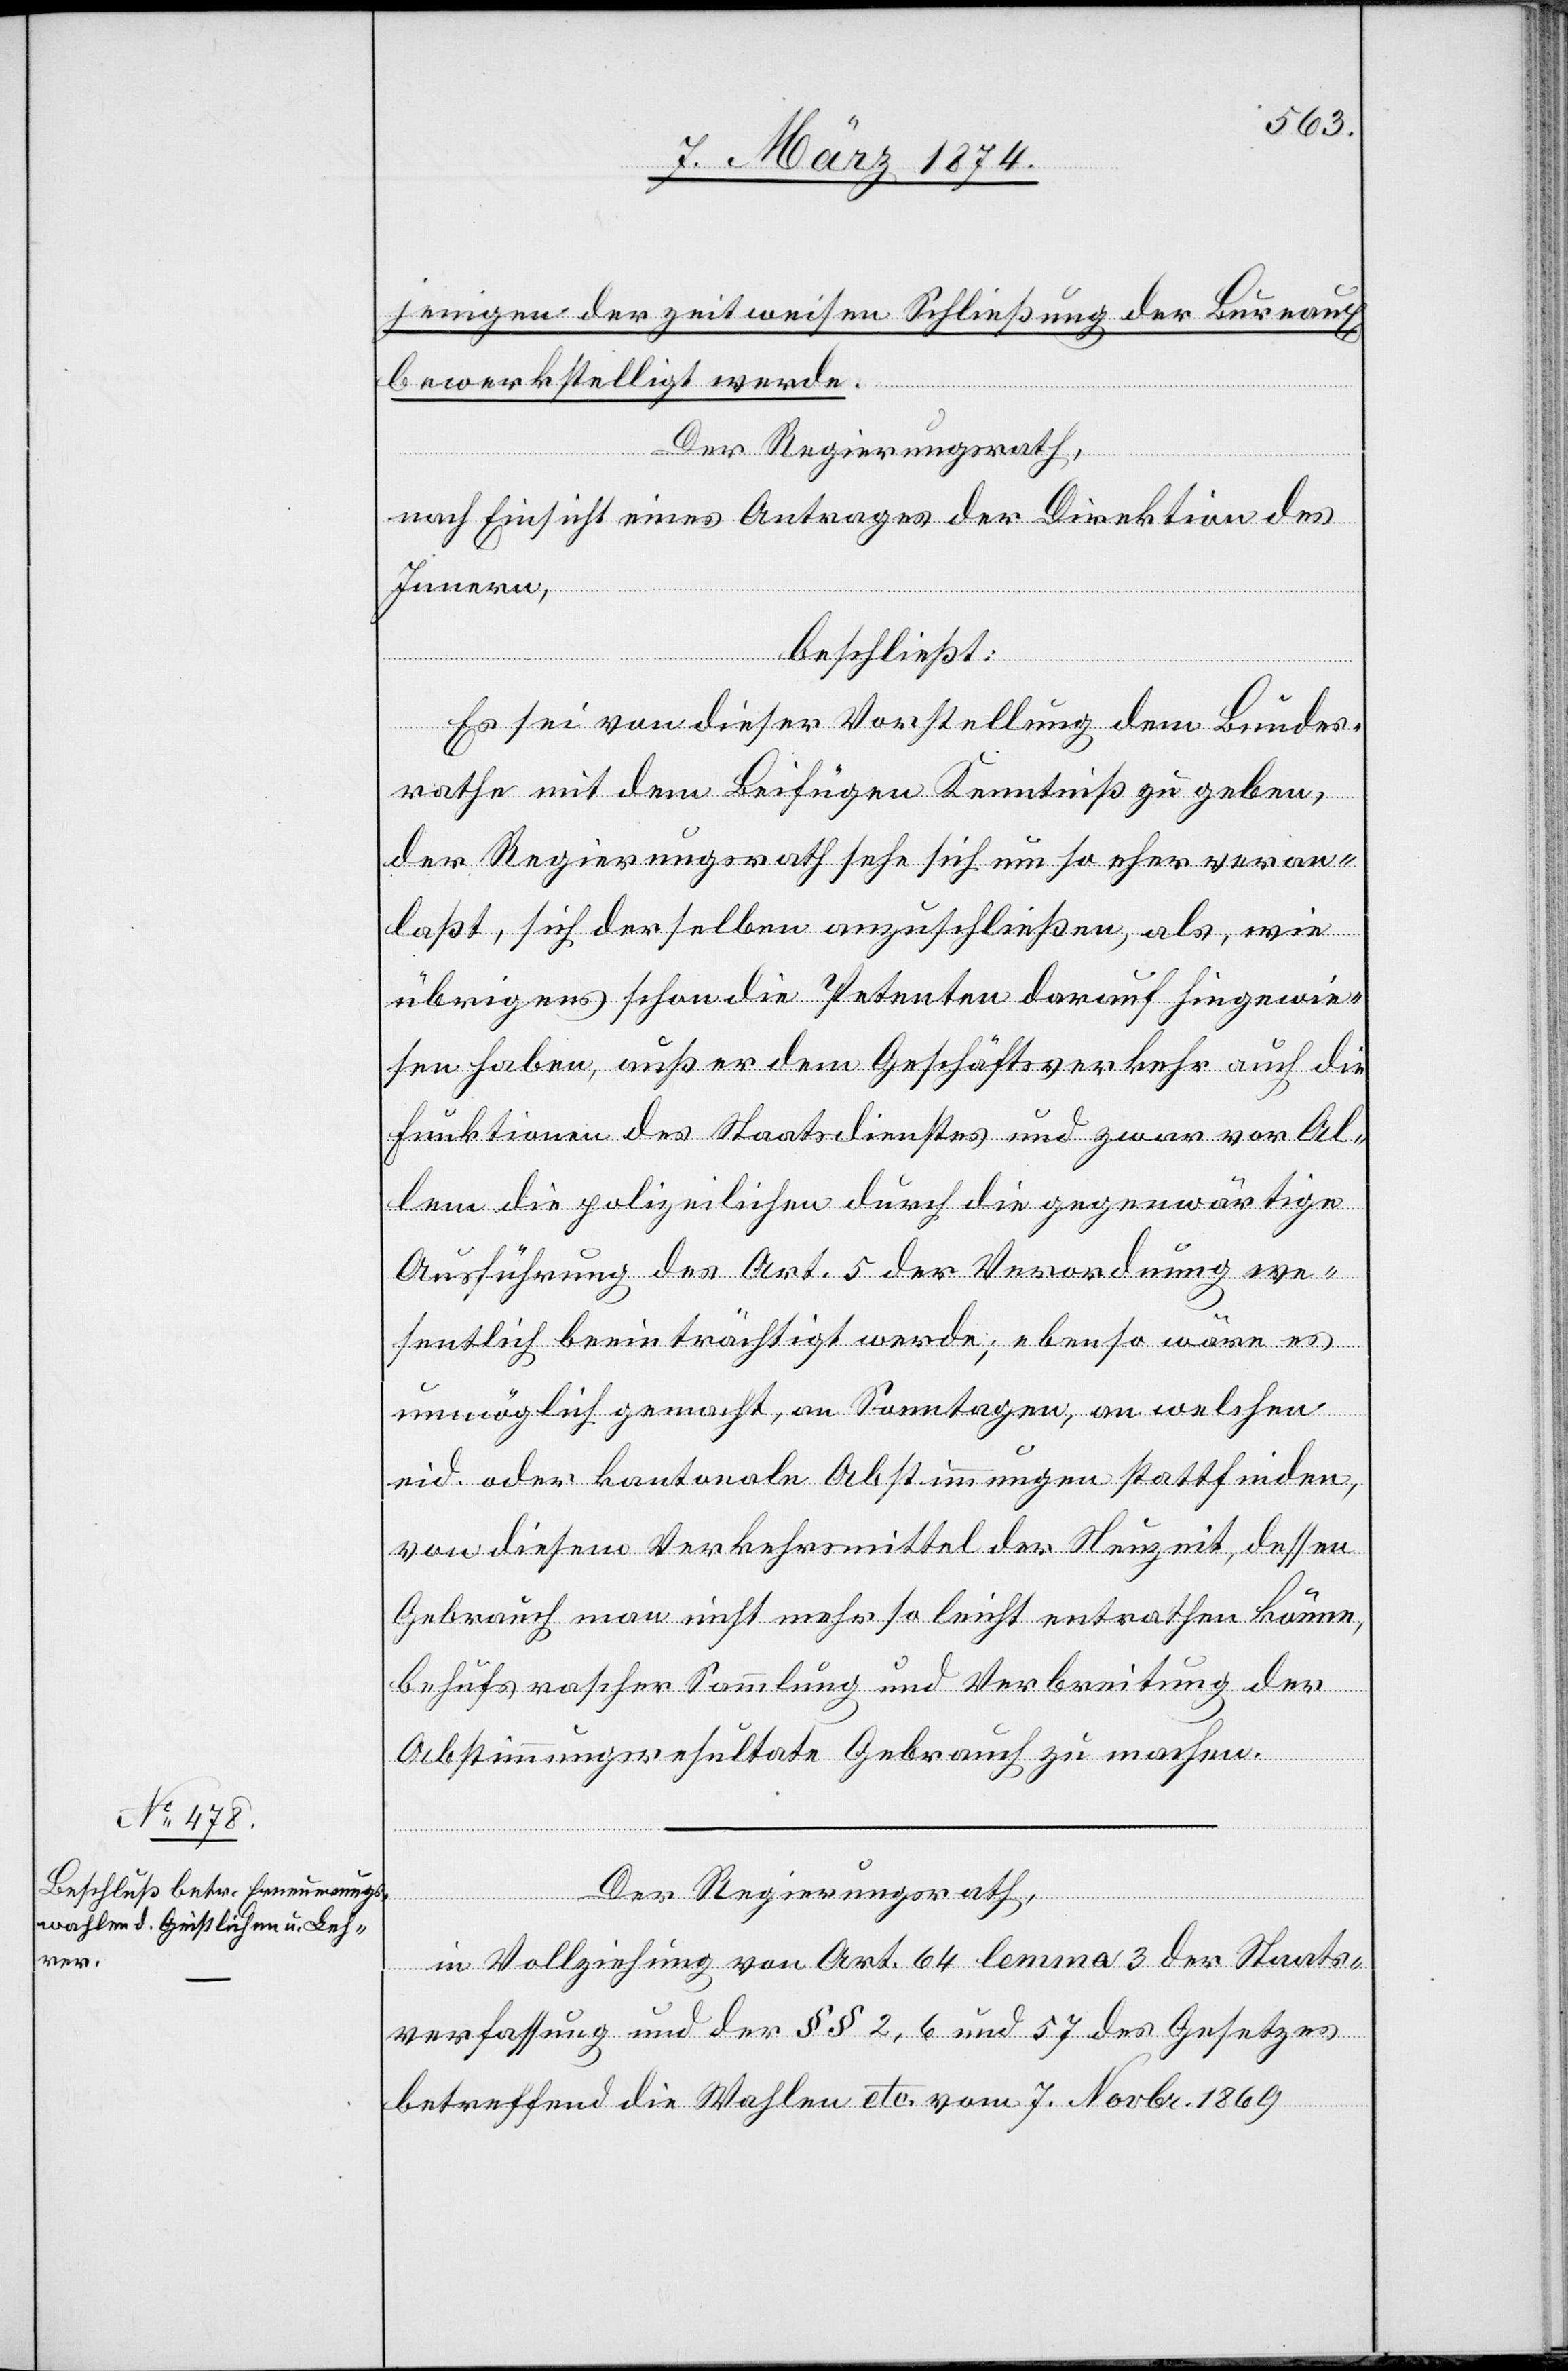
jenigen der zeitweisen Schließung der Bureaux
bewerkstelligt werde.
Der Regierungsrath,
nach Einsicht eines Antrages der Direktion des
Innern,
beschließt:
Es sei von dieser Vorstellung dem Bundes¬
rathe mit dem Beifügen Kenntniß zu geben,
der Regierungsrath sehe sich um so eher veran¬
laßt, sich derselben anzuschließen, als, wie
übrigens schon die Petenten darauf hingewie¬
sen haben, außer dem Geschäftsverkehr auch die
Funktionen des Staatsdienstes und zwar vor Al¬
lem die polizeilichen durch die gegenwärtige
Ausführung des Art. 5 der Verordnung we¬
sentlich beeinträchtigt werden, ebenso wäre es
unmöglich gemacht, an Sonntagen, an welchen
eid. oder kantonale Abstimmungen stattfinden,
von diesem Verkehrsmittel der Neuzeit, dessen
Gebrauch man nicht mehr so leicht entrathen könne,
behufs rascher Sammlung und Verbreitung der
Abstimmungsresultate Gebrauch zu machen.
Der Regierungsrath,
in Vollziehung von Art. 64 lemma 3 der Staats¬
verfassung und der §§ 2, 6 und 57 des Gesetzes
betreffend die Wahlen etc. vom 7. Novbr. 1869